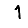
Digit: 1